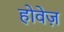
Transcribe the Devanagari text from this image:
होवेज़